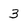
Character: 3